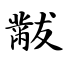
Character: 黻